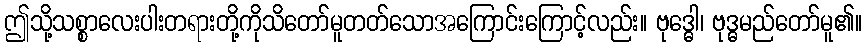
ဤသို့သစ္စာလေးပါးတရားတို့ကိုသိတော်မူတတ်သောအကြောင်းကြောင့်လည်း။ ဗုဒ္ဓေါ၊ ဗုဒ္ဓမည်တော်မူ၏။